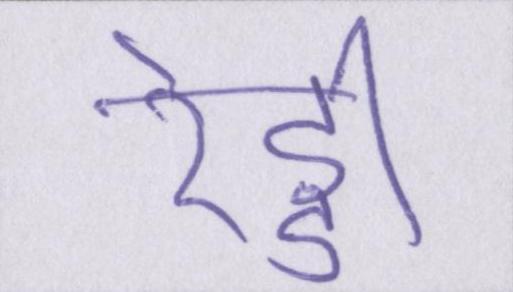
रेड्डी